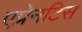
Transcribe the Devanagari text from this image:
एप्रेनटिस